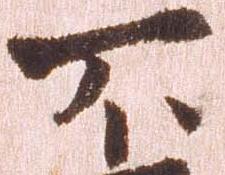
不